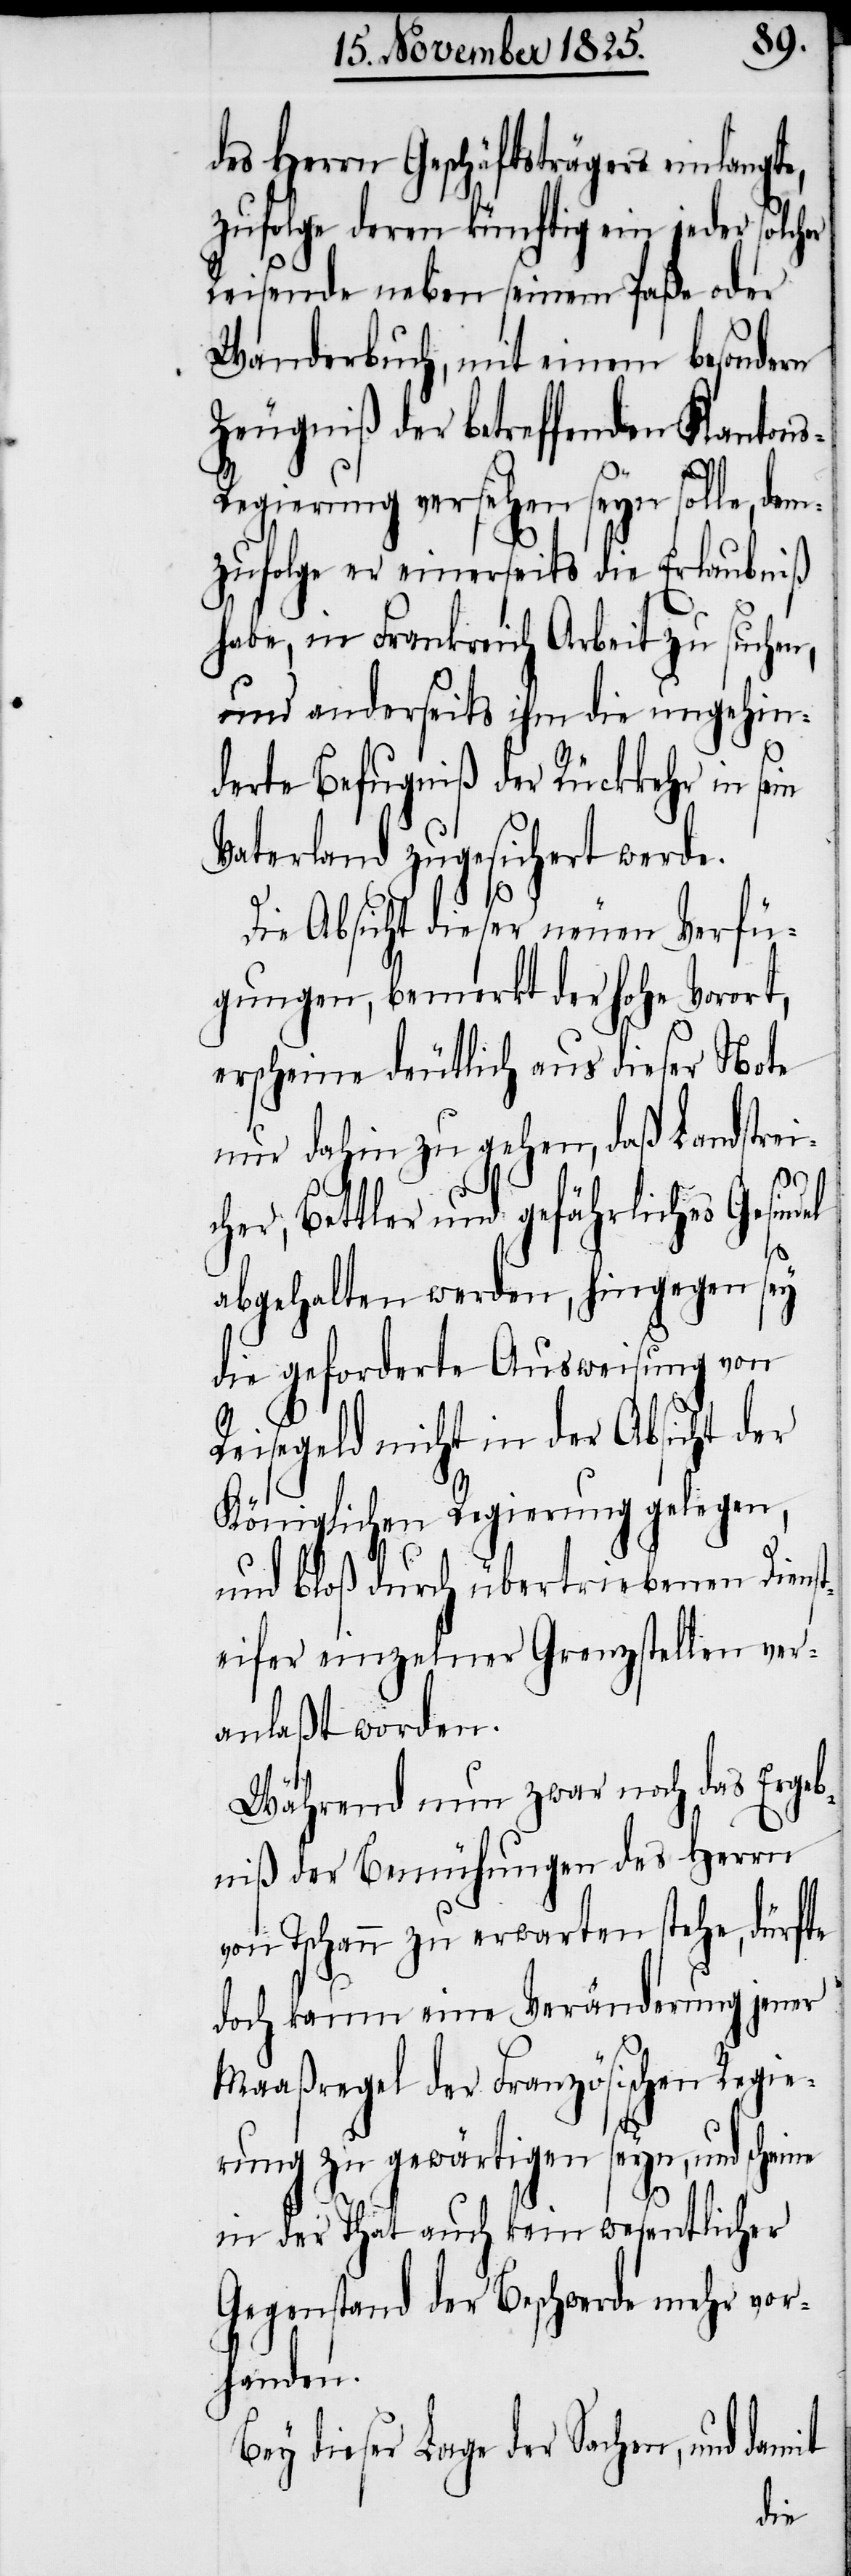
des Herrn Geschäftsträgers einlangte,
zufolge deren künftig ein jeder solcher
Reisende neben seinem Paße oder
Wanderbuch, mit einem besondern
Zeugniß der betreffenden Kanton¬
s-Regierung versehen seyn solle, dem¬
zufolge er einerseits die Erlaubniß
habe, in Frankreich Arbeit zu suchen,
und anderseits ihm die ungehin¬
derte Befugniß der Rückkehr in se¬
Vaterland zugesichert werde.
nt
Die Absicht dieser neuen Verfü¬
gungen, bemerkt der hohe Vorort,
erschien deutlich aus dieser Note
nur dahin zu gehen, daß Landstrei¬
cher, Bettler und gefährliches Gesind¬
el
abgehalten werden, hingegen sey
die geforderte Ausweisung von
Reisegeld nicht in der Absicht der
Königlichen Regierung gelegen,
und bloß durch übertriebenen Dienst¬
eifer einzelner Grenzstellen ver¬
anlaßt worden.
Während nun zwar noch das Ergeb¬
niß der Bemühungen des Herrn
von Tschann zu erwarten stehe, dürfte
doch kaum eine Veränderung jener
Maaßregel der Französischen Regie¬
rung zu gewärtigen seyn, und schei¬
in der That auch kein wesentlicher
Gegenstand der Beschwerde mehr vor¬
handen.
Bey dieser Lage der Sachen, und damit